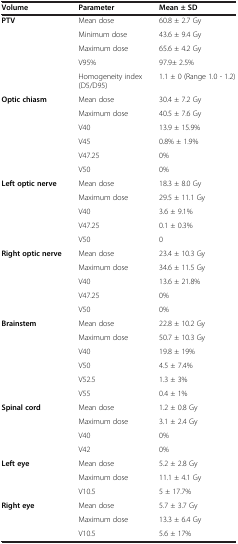
<table><thead><tr><td><b>Volume</b></td><td><b>Parameter</b></td><td><b>Mean ± SD</b></td></tr></thead><tbody><tr><td><b>PTV</b></td><td>Mean dose</td><td>60.8 ± 2.7 Gy</td></tr><tr><td> </td><td>Minimum dose</td><td>43.6 ± 9.4 Gy</td></tr><tr><td> </td><td>Maximum dose</td><td>65.6 ± 4.2 Gy</td></tr><tr><td> </td><td>V95%</td><td>97.9± 2.5%</td></tr><tr><td> </td><td>Homogeneity index (D5/D95)</td><td>1.1 ± 0 (Range 1.0 - 1.2)</td></tr><tr><td><b>Optic chiasm</b></td><td>Mean dose</td><td>30.4 ± 7.2 Gy</td></tr><tr><td> </td><td>Maximum dose</td><td>40.5 ± 7.6 Gy</td></tr><tr><td> </td><td>V40</td><td>13.9 ± 15.9%</td></tr><tr><td> </td><td>V45</td><td>0.8% ± 1.9%</td></tr><tr><td> </td><td>V47.25</td><td>0%</td></tr><tr><td> </td><td>V50</td><td>0%</td></tr><tr><td><b>Left optic nerve</b></td><td>Mean dose</td><td>18.3 ± 8.0 Gy</td></tr><tr><td> </td><td>Maximum dose</td><td>29.5 ± 11.1 Gy</td></tr><tr><td> </td><td>V40</td><td>3.6 ± 9.1%</td></tr><tr><td> </td><td>V47.25</td><td>0.1 ± 0.3%</td></tr><tr><td> </td><td>V50</td><td>0</td></tr><tr><td><b>Right optic nerve</b></td><td>Mean dose</td><td>23.4 ± 10.3 Gy</td></tr><tr><td> </td><td>Maximum dose</td><td>34.6 ± 11.5 Gy</td></tr><tr><td> </td><td>V40</td><td>13.6 ± 21.8%</td></tr><tr><td> </td><td>V47.25</td><td>0%</td></tr><tr><td> </td><td>V50</td><td>0%</td></tr><tr><td><b>Brainstem</b></td><td>Mean dose</td><td>22.8 ± 10.2 Gy</td></tr><tr><td> </td><td>Maximum dose</td><td>50.7 ± 10.3 Gy</td></tr><tr><td> </td><td>V40</td><td>19.8 ± 19%</td></tr><tr><td> </td><td>V50</td><td>4.5 ± 7.4%</td></tr><tr><td> </td><td>V52.5</td><td>1.3 ± 3%</td></tr><tr><td> </td><td>V55</td><td>0.4 ± 1%</td></tr><tr><td><b>Spinal cord</b></td><td>Mean dose</td><td>1.2 ± 0.8 Gy</td></tr><tr><td> </td><td>Maximum dose</td><td>3.1 ± 2.4 Gy</td></tr><tr><td> </td><td>V40</td><td>0%</td></tr><tr><td> </td><td>V42</td><td>0%</td></tr><tr><td><b>Left eye</b></td><td>Mean dose</td><td>5.2 ± 2.8 Gy</td></tr><tr><td> </td><td>Maximum dose</td><td>11.1 ± 4.1 Gy</td></tr><tr><td> </td><td>V10.5</td><td>5 ± 17.7%</td></tr><tr><td><b>Right eye</b></td><td>Mean dose</td><td>5.7 ± 3.7 Gy</td></tr><tr><td> </td><td>Maximum dose</td><td>13.3 ± 6.4 Gy</td></tr><tr><td> </td><td>V10.5</td><td>5.6 ± 17%</td></tr></tbody></table>